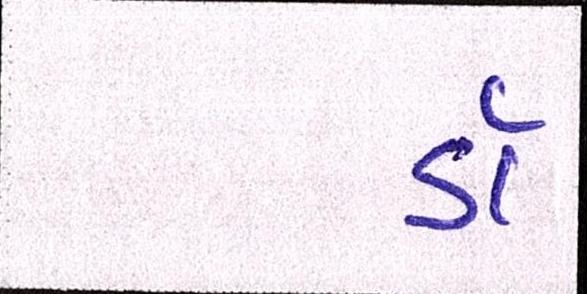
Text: ડૉ